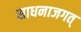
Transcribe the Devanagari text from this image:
साधनाजगत्